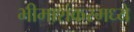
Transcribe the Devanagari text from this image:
भीमाशंकरमध्ये